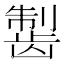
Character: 𱌸